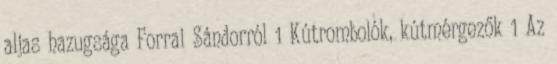
aljas hazugsága Forrai Sándorról 1 Kútrombolók, kútmérgezők 1 Az